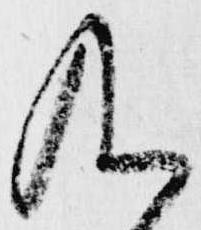
及